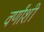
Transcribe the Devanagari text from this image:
वर्णांशी